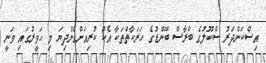
އިސްކަންދަރު ސްކޫލުގެ ބްރާސް ބޭންޑުގެ ހަރަކާތްތަކާ އެކު ކުރިއަށްގެންދިޔަ މި ހަވީރުގައި ވަނީ